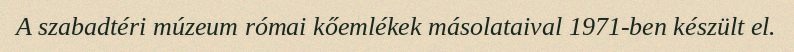
A szabadtéri múzeum római kőemlékek másolataival 1971-ben készült el.